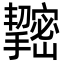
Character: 𢹫